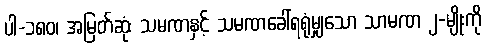
ပါ-၁၈၀၊ အမြတ်ဆုံး သမဏနှင့် သမဏခေါ်ရရုံမျှသော သာမဏ ၂-မျိုးကို